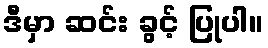
ဒီမှာ ဆင်း ခွင့် ပြုပါ။